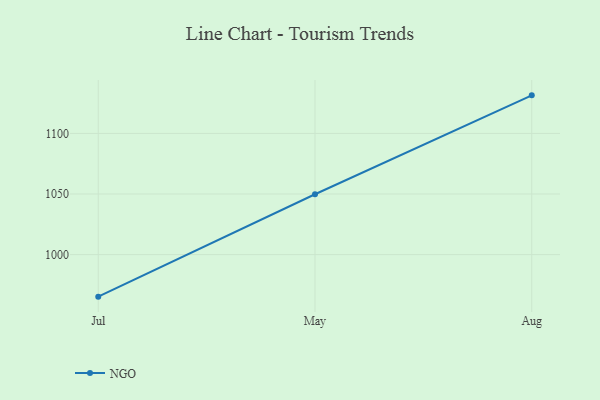
{"axis": {"x": "Month", "y": "Customer Acquisition Cost (USD)"}, "legend": ["NGO"], "data": [{"x": "Jul", "y": 965.3, "type": "NGO"}, {"x": "May", "y": 1049.8, "type": "NGO"}, {"x": "Aug", "y": 1131.4, "type": "NGO"}]}